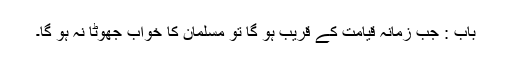
باب : جب زمانہ قیامت کے قریب ہو گا تو مسلمان کا خواب جھوٹا نہ ہو گا۔